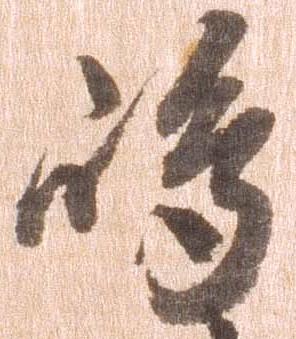
島